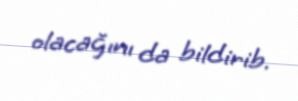
olacağını da bildirib.